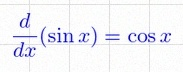
\frac{d}{dx}(\sin x)=\cos x